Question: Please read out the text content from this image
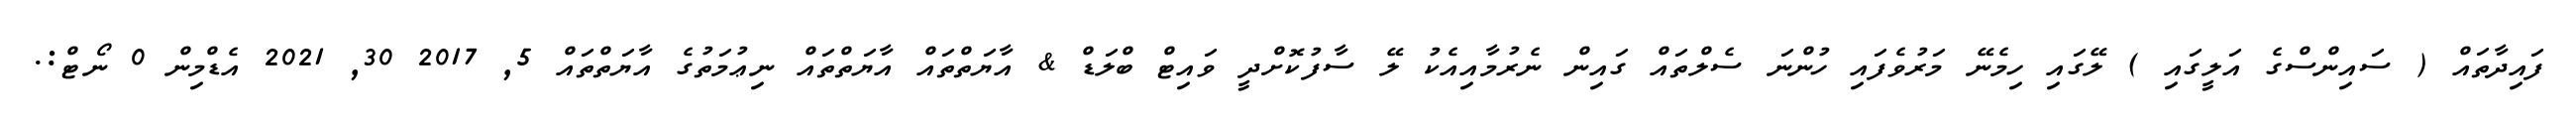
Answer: ފައިދާތައް ( ސައިންސްގެ އަލީގައި ) ލޭގައި ހިމެނޭ މަރުވެފައި ހުންނަ ސެލްތައް ގައިން ނެރުމާއިއެކު ލޭ ސާފުކޮށްދީ ވައިޓް ބްލަޑް & އާޔަތްތައް އާޔަތްތައް ނިޢުމަތުގެ އާޔަތްތައް 5, 2017 30, 2021 އެޑްމިން 0 ނޯޓް:.